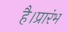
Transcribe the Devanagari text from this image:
है।प्रारंभ